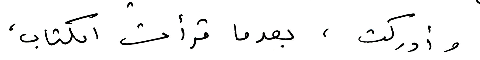
وأدركت، بعدما قرأت الكتاب،